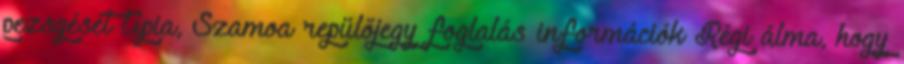
pezsgését Apia, Szamoa repülőjegy foglalás információk Régi álma, hogy